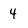
Character: 4